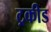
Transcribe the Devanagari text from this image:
ट्रकीड